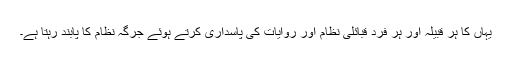
یہاں کا ہر قبیلہ اور ہر فرد قبائلی نظام اور روایات کی پاسداری کرتے ہوئے جرگہ نظام کا پابند رہتا ہے۔